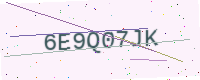
Text: 6E9Q07JK